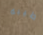
طيبه